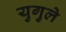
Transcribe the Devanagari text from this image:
युगुले